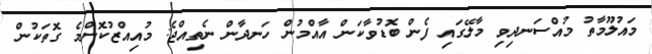
މައުލޫމާތު މުއްސަނދިވި މާލޭގައި ފެން ބޮޑުވާކަން އާއްމުން ހަނދާން ނެތިއްޖެ: މުއިއްޒުކޮންމެ ގޮތަކުން